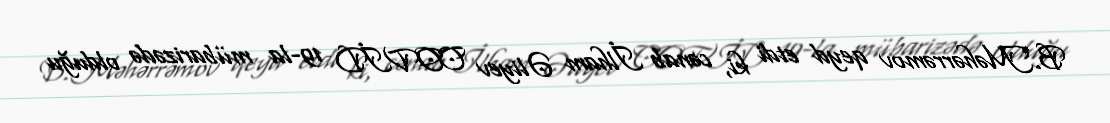
B.Məhərrəmov qeyd etdi ki, cənab İlham Əliyev COVİD 19-la mübarizədə olduğu